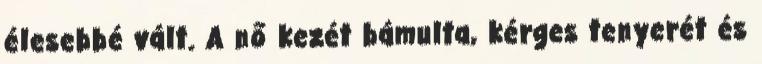
élesebbé vált. A nő kezét bámulta, kérges tenyerét és